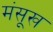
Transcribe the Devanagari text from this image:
मंसूख